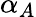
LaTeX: \alpha_{A}